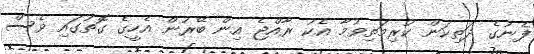
ފެނުގެ ދަތިކަން ކުރިމަތިވުމާ އެކު ރާއްޖެ އިން ބޭރުން އެހީގެ ގޮތުގައި ވެސް